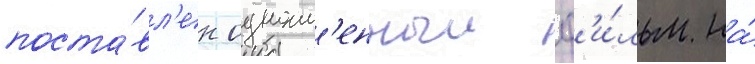
поста́вл'ен одноим'енныи ф'и́льм на́